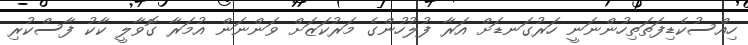
ހިއްސުކެޑިފަތަތިހުންނަނީ ހަރުގަނޑަށް އަރާ ފުލުހުންގެ މަރުކަޒަށް ވަންނަން އުމަރާ ގޮވާލީ ކާކު ފާސްކުރި